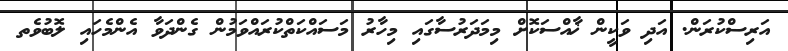
އަރިސްކުރަން. އަދި ވަކީން ޚާއްސަކޮށް މިމަދަރުސާގައި މިހާރު މަސައްކަތްކުރައްވަމުން ގެންދަވާ އެންމެހައި ލޮބުވެތ